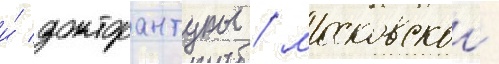
и́ докторантуры / московскои